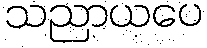
သညာယပေ